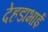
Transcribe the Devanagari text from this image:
देहडाभाई